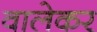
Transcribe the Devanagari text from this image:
वालेकर